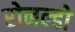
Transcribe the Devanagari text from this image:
रोनल्डो